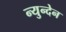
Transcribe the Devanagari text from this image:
न्युन्देन